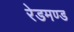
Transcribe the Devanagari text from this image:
रेडमण्ड